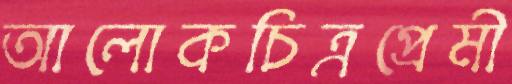
আলোকচিত্রপ্রেমী